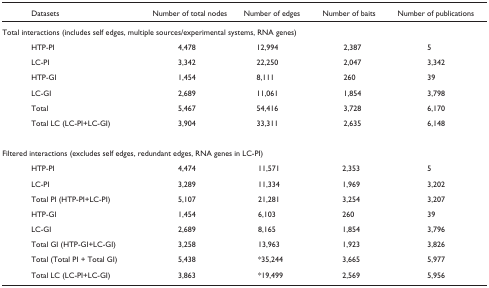
<table><thead><tr><td><b>Datasets</b></td><td><b>Number of total nodes</b></td><td><b>Number of edges</b></td><td><b>Number of baits</b></td><td><b>Number of sources</b></td></tr></thead><tbody><tr><td colspan="5">Total interactions (includes self edges, multiple sources/experimental systems, RNA genes)</td></tr><tr><td> HTP-PI</td><td>4,478</td><td>12,994</td><td>2,387</td><td>5</td></tr><tr><td> LC-PI</td><td>3,342</td><td>22,250</td><td>2,047</td><td>3,342</td></tr><tr><td> HTP-GI</td><td>1,454</td><td>8,111</td><td>260</td><td>39</td></tr><tr><td> LC-GI</td><td>2,689</td><td>11,061</td><td>1,854</td><td>3,798</td></tr><tr><td> Total</td><td>5,467</td><td>54,416</td><td>3,728</td><td>6,170</td></tr><tr><td> Total LC (LC-PI+LC-GI)</td><td>3,904</td><td>33,311</td><td>2,635</td><td>6,148</td></tr><tr><td colspan="5">Filtered interactions (excludes self edges, redundant edges, RNA genes in LC-PI)</td></tr><tr><td> HTP-PI</td><td>4,474</td><td>11,571</td><td>2,353</td><td>5</td></tr><tr><td> LC-PI</td><td>3,289</td><td>11,334</td><td>1,969</td><td>3,202</td></tr><tr><td> Total PI (HTP-PI+LC-PI)</td><td>5,107</td><td>21,281</td><td>3,254</td><td>3,207</td></tr><tr><td> HTP-GI</td><td>1,454</td><td>6,103</td><td>260</td><td>39</td></tr><tr><td> LC-GI</td><td>2,689</td><td>8,165</td><td>1,854</td><td>3,796</td></tr><tr><td> Total GI (HTP-GI+LC-GI)</td><td>3,258</td><td>13,963</td><td>1,923</td><td>3,826</td></tr><tr><td> Total (Total PI + Total GI)</td><td>5,438</td><td>*35,244</td><td>3,665</td><td>5,977</td></tr><tr><td> Total LC (LC-PI+LC-GI)</td><td>3,863</td><td>*19,499</td><td>2,569</td><td>5,956</td></tr></tbody></table>